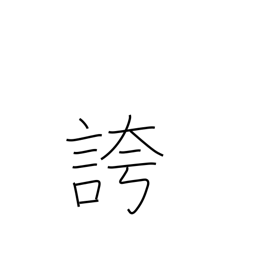
Meaning: triumphantly